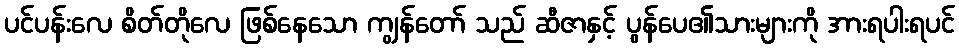
ပင်ပန်းလေ စိတ်တိုလေ ဖြစ်နေသော ကျွန်တော် သည် ဆီဇာနှင့် ပွန်ပေ၏သားများကို အားရပါးရပင်